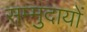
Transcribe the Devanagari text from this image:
सम्मुदायों